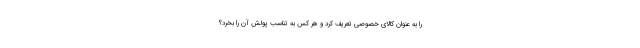
را به عنوان کالای خصوصی تعریف کرد و هر کس به تناسب پولش آن را بخرد؟